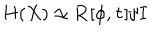
H ( X ) \simeq { \bf R } [ \phi , \tau ] / I